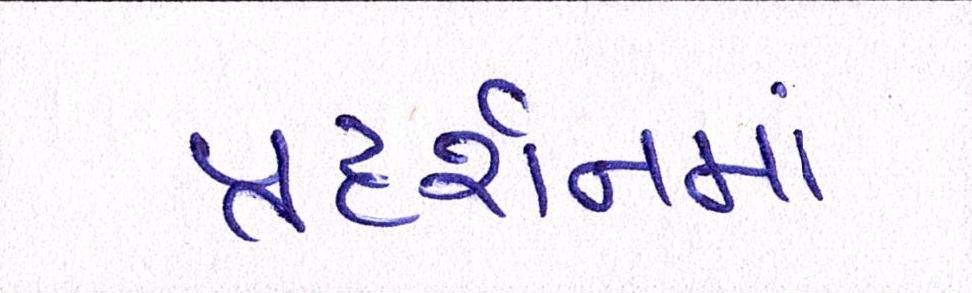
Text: પ્રદર્શનમાં